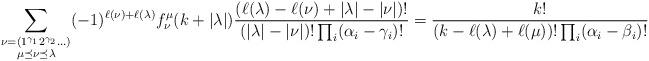
LaTeX: \begin{align*}\sum_{\substack{\nu=(1^{\gamma_{1}}2^{\gamma_{2}}\ldots) \\ \mu\preceq\nu\preceq\lambda}}(-1)^{\ell(\nu)+\ell(\lambda)}f^{\mu}_{\nu}(k+|\lambda|)\frac{(\ell(\lambda)-\ell(\nu)+|\lambda|-|\nu|)!}{(|\lambda|-|\nu|)!\prod_{i}(\alpha_{i}-\gamma_{i})!}=\frac{k!}{(k-\ell(\lambda)+\ell(\mu))!\prod_{i}(\alpha_{i}-\beta_{i})!}\end{align*}